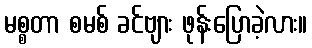
မစ္စတာ စမစ် ခင်ဗျား ဖုန်းပြောခဲ့လား။